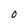
Character: 0